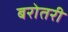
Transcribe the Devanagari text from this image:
बरोतरी